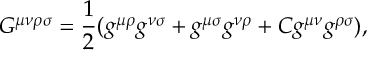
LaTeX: G ^ { \mu \nu \rho \sigma } = { { \frac { 1 } { 2 } } } ( g ^ { \mu \rho } g ^ { \nu \sigma } + g ^ { \mu \sigma } g ^ { \nu \rho } + C g ^ { \mu \nu } g ^ { \rho \sigma } ) ,